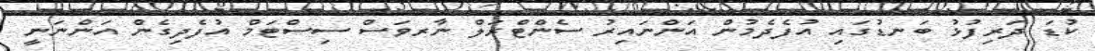
ކުޑަ ދަރިފުޅު ބަނޑުގައި އުފެދެމުން އަންނައިރު ސެންޓްރަލް ނާރވަސް ސިސްޓަމް އުފެދިގެން އަންނަނީ